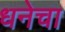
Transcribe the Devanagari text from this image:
धनेचा